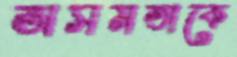
অসমতাকে